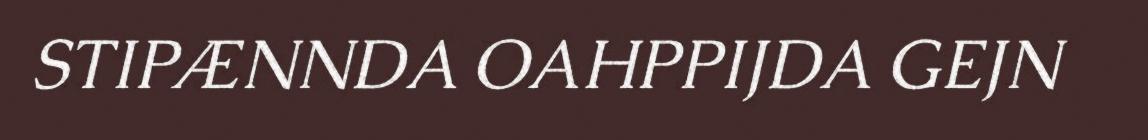
STIPÆNNDA OAHPPIJDA GEJN